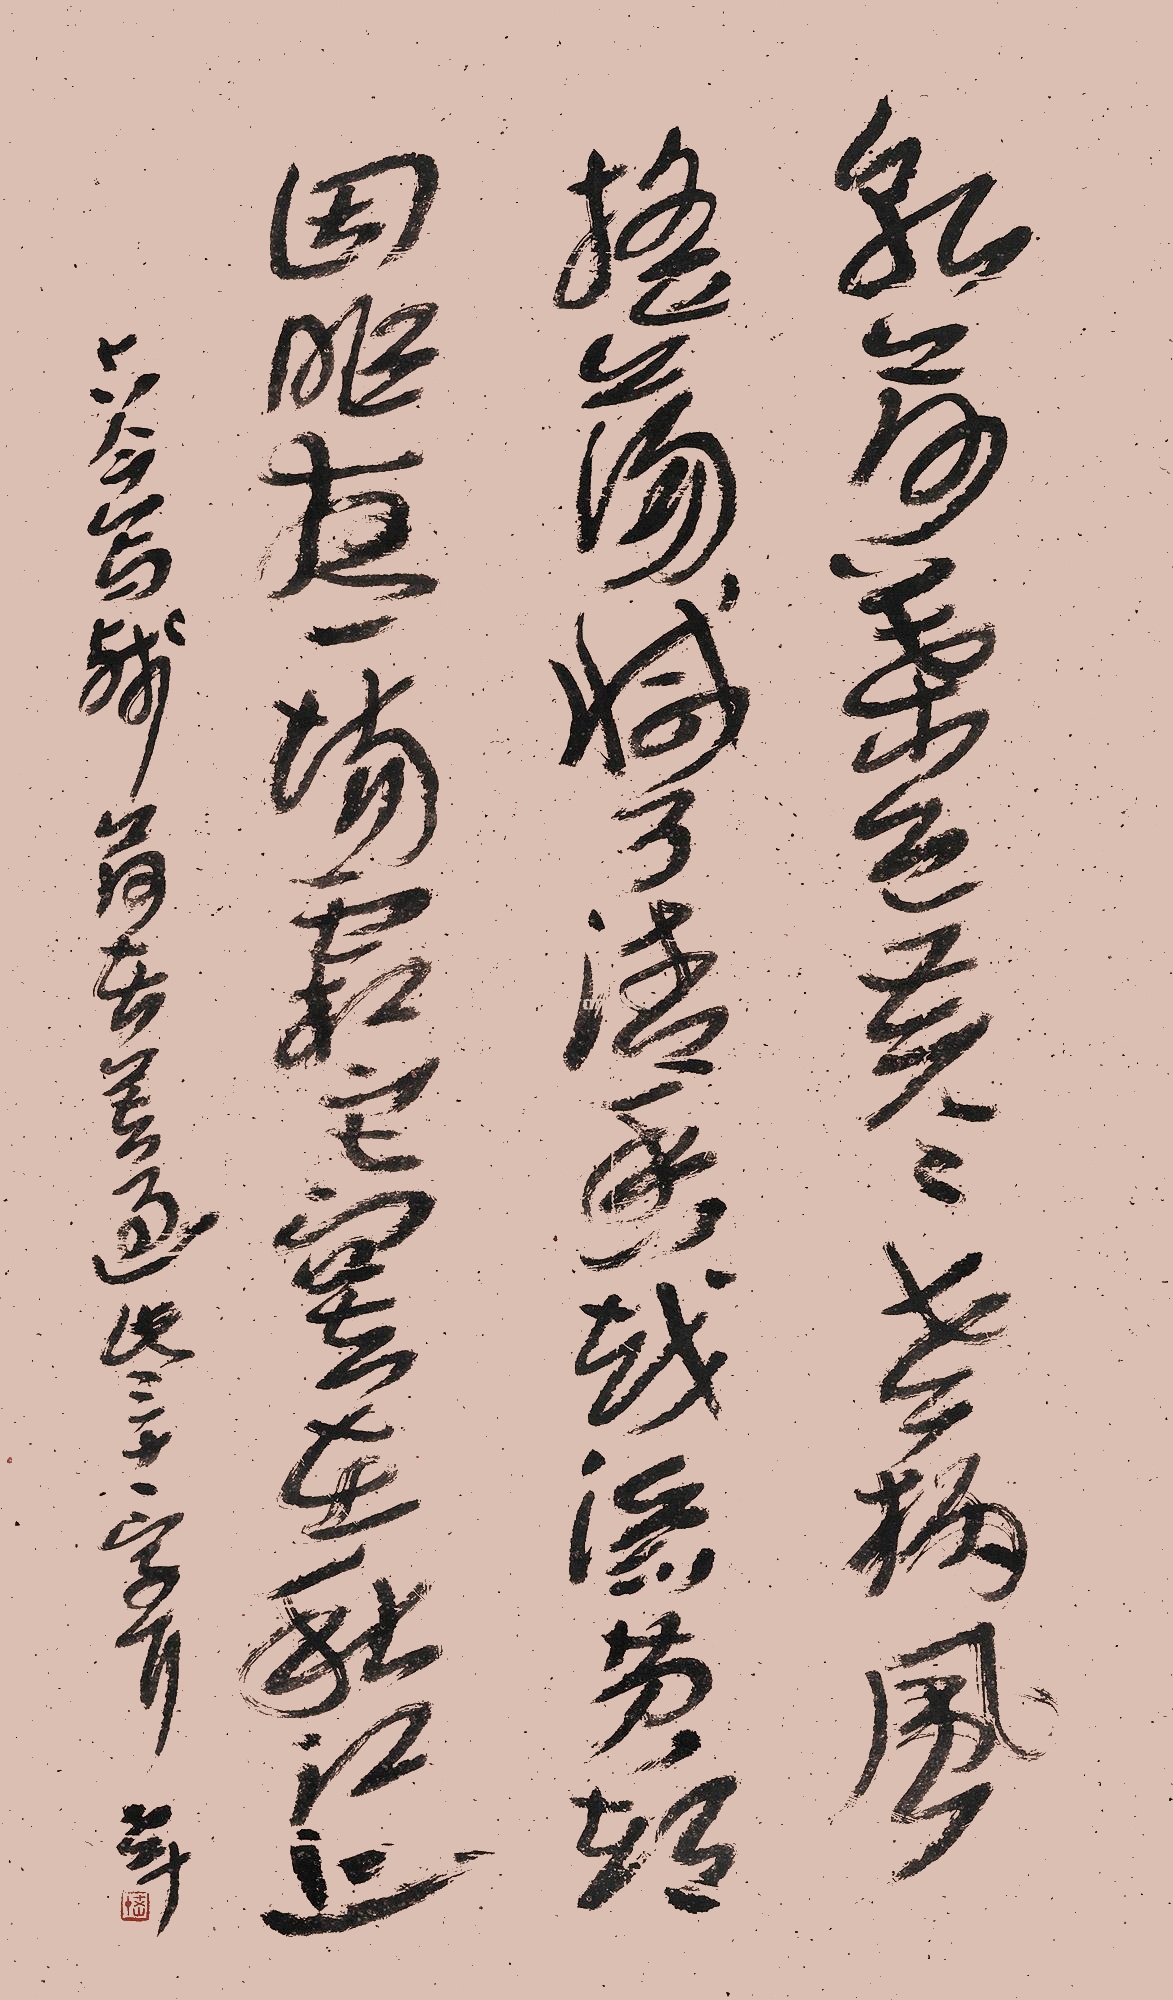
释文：干荷叶，色苍苍，老柄风摇荡。减了清香，越添黄，都因昨夜一场霜。寂寞在秋江上。古今写残荷者莫过此三十一字耳。老十